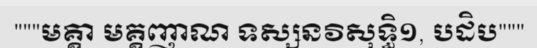
"""មគ្គា មគ្គញាណ ទស្សនវិសុទ្ធិ១, បដិប"""